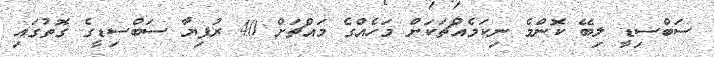
ސަބްސިޑީ ލިބޭ ކޮންމެ ނިކަމެއްޗަކަށް މަހެއްގެ މައްޗަށް 40 ރުފިޔާ ސަބްސިޑީގެ ގޮތުގައި